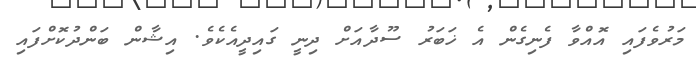
މަރުވެފައި އޮއްވާ ފެނިގެން އެ ޚަބަރު ސޫދާއަށް ދިނީ ގައިދީއެކެވެ. އިޝާން ބަންދުކޮށްފައި